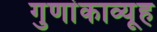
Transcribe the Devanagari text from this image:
गुणांकाव्यूह